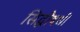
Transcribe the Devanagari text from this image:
सिद्धौषधी